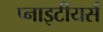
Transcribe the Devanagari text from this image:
प्नाइटीयर्स